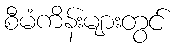
စီမံကိန်းများတွင်